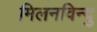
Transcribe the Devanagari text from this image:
मिलनविन्दु